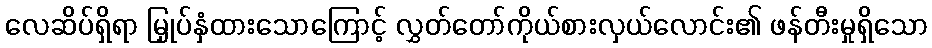
လေဆိပ်ရှိရာ မြှုပ်နှံထားသောကြောင့် လွှတ်တော်ကိုယ်စားလှယ်လောင်း၏ ဖန်တီးမှုရှိသော